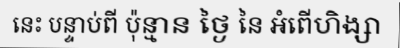
នេះ បន្ទាប់ពី ប៉ុន្មាន ថ្ងៃ នៃ អំពើហិង្សា